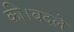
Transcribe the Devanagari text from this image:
की।बदले